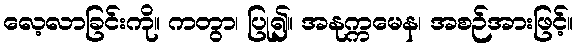
လေ့လာခြင်းကို။ ကတွာ၊ ပြု၍။ အနုက္ကမေန၊ အစဉ်အားဖြင့်။